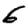
Digit: 6